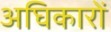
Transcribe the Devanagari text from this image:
अघिकारों